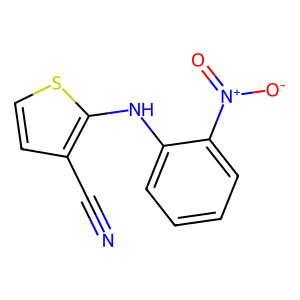
SMILES: N#Cc1ccsc1Nc1ccccc1[N+](=O)[O-]
Inhibits HIV replication: Yes